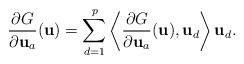
LaTeX: \begin{align*}\frac{\partial G}{\partial {\bf u}_a}({\bf u})=\sum_{d=1}^p\left<\frac{\partial G}{\partial {\bf u}_a}({\bf u}),{\bf u}_d\right>{\bf u}_d.\end{align*}